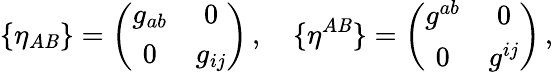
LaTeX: \{ \eta_{A\mathit{B}}\} =\left(\begin{array}{cc}{{g_{ab}}}&{{0}}\\ {{0}}&{{g_{ij}}}\end{array}\right)\, ,\quad\{ \eta^{A\mathit{B}}\} =\left(\begin{array}{cc}{{g^{ab}}}&{{0}}\\ {{0}}&{{g^{ij}}}\end{array}\right)\, ,